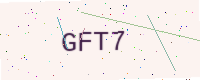
Text: GFT7